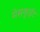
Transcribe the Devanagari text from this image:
मेसकुईट